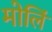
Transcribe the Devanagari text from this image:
मोलिं